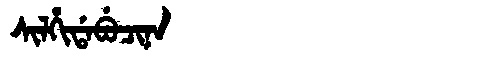
Manchu: ᠰᡳᠯᡥᡳᡩᠠᠪᡠᠴᡳᠨᠠ
Romanization: SILHIDABUCINA